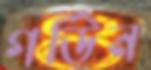
গর্ডিন